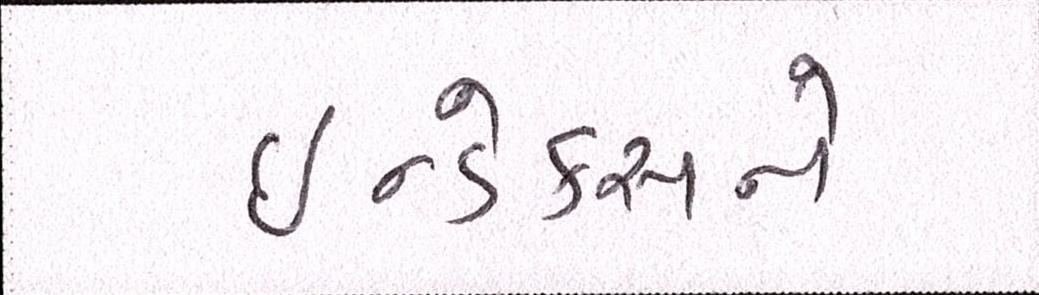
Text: ઇન્ડેક્સને